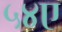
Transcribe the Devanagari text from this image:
५४ए